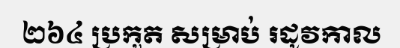
២៦៤ ប្រកួត សម្រាប់ រដូវកាល